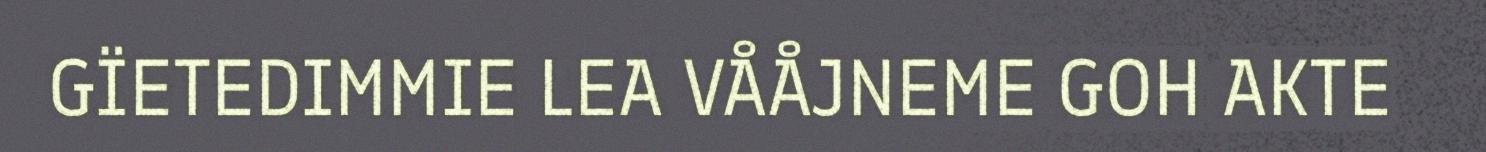
GÏETEDIMMIE LEA VÅÅJNEME GOH AKTE